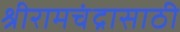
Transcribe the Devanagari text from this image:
श्रीरामचंद्रासाठी